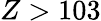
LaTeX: Z>103